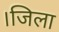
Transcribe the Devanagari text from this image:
।जिला